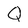
Character: Q